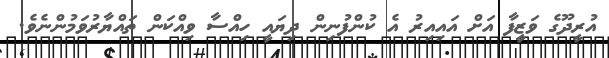
އުރީދޫގެ ވަޒީފާ އަށް އައިއިރު އެ ކުންފުނިން ދިޔައީ ހިއްސާ ވިއްކަން ތައްޔާރުވަމުންނެވެ.